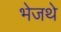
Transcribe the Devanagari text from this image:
भेजथे